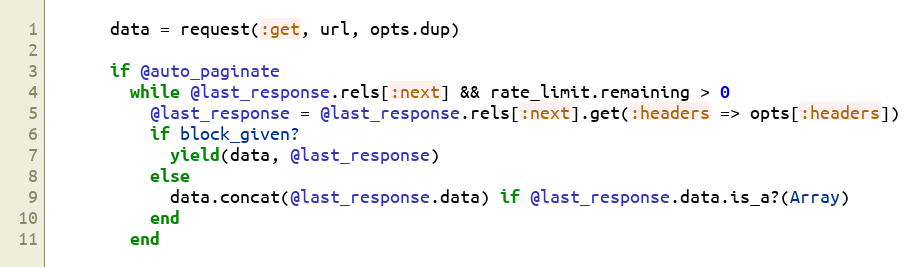
Language: Ruby
      data = request(:get, url, opts.dup)

      if @auto_paginate
        while @last_response.rels[:next] && rate_limit.remaining > 0
          @last_response = @last_response.rels[:next].get(:headers => opts[:headers])
          if block_given?
            yield(data, @last_response)
          else
            data.concat(@last_response.data) if @last_response.data.is_a?(Array)
          end
        end